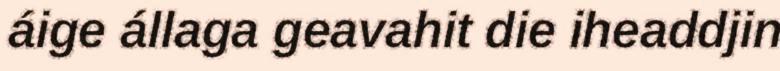
áige állaga geavahit die iheaddjin